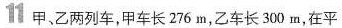
11 甲，乙两列车，甲车长276m，乙车长300m，在平